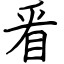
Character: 㸔